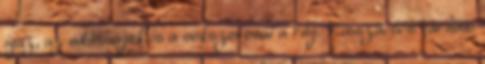
igaz, az adósságuk is a sokszorosára rúg. Visszaesés várható